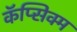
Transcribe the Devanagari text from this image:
कॅप्सिक्म